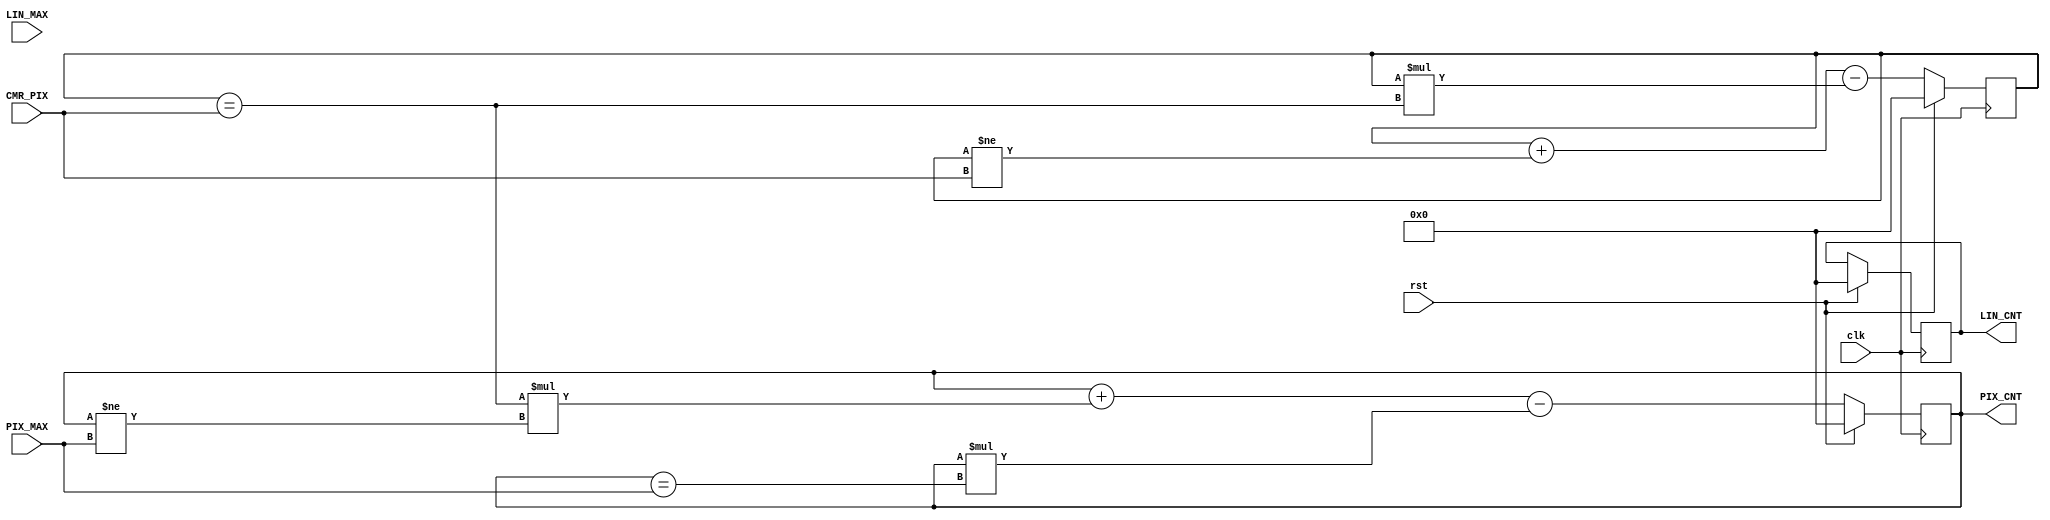
`timescale 1ns / 1ps
//////////////////////////////////////////////////////////////////////////////////
// Company: 
// Engineer: 
// 
// Design Name: 
// Module Name: pixelCounter
// Project Name: 
// Target Devices: 
// Tool Versions: 
// Description: 
// 
// Dependencies: 
// 
// Revision:
// Revision 0.01 - File Created
// Additional Comments:
// 
//////////////////////////////////////////////////////////////////////////////////


module pixelCounter(
    input clk,
    input rst,
    input [0:3] CMR_PIX,
    input [0:9] PIX_MAX,
    input [0:9] LIN_MAX,
    output reg [0:9] PIX_CNT,
    output reg [0:9] LIN_CNT
    );
    
    
    reg [0:9] TMR = 10'b0;
    reg [0:9] TEMP_TMR = 10'b0;
    reg flip = 0;
    reg [0:2] ADD_STATE = 0;
    
    always @(posedge clk) begin // 100Mhz because also inverts
        if(rst) begin
            TMR = 0;
            PIX_CNT = 0;
            LIN_CNT = 0;
        end else begin
            PIX_CNT = PIX_CNT + (TMR == CMR_PIX)*(PIX_CNT != PIX_MAX) - PIX_CNT*(PIX_CNT == PIX_MAX);
            TMR = TMR + (TMR!=CMR_PIX) - TMR*(TMR == CMR_PIX);
        end
    end
endmodule